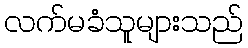
လက်မခံသူများသည်